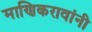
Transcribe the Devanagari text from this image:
माणिकरावांनी